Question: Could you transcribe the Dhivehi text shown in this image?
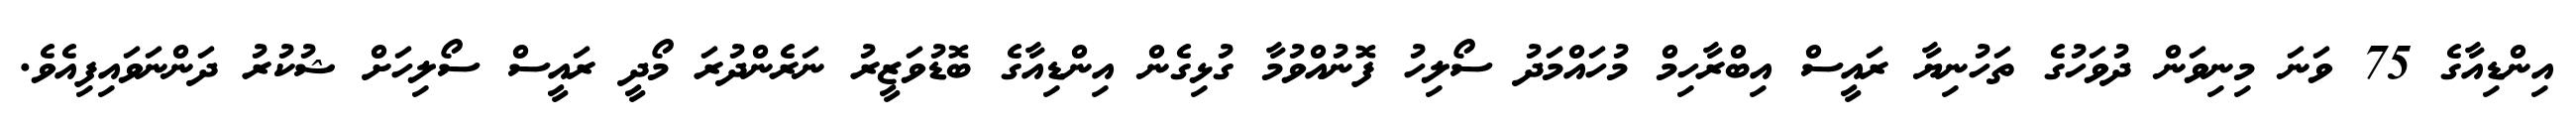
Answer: އިންޑިއާގެ 75 ވަނަ މިނިވަން ދުވަހުގެ ތަހުނިޔާ ރައީސް އިބްރާހިމް މުހައްމަދު ސޯލިހު ފޮނުއްވުމާ ގުޅިގެން އިންޑިއާގެ ބޮޑުވަޒީރު ނަރެންދުރަ މޯދީ ރައީސް ސޯލިހަށް ޝުކުރު ދަންނަވައިފިއެވެ.